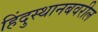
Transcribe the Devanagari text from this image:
हिंदुस्थानबवरील